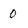
Character: 0